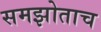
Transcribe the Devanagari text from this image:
समझोताच